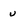
Character: u